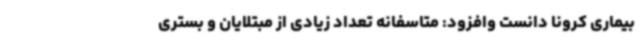
بیماری کرونا دانست وافزود: متاسفانه تعداد زیادی از مبتلایان و بستری